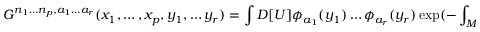
G ^ { n _ { 1 } \ldots n _ { p } , a _ { 1 } \ldots a _ { r } } ( x _ { 1 } , \ldots , x _ { p } , y _ { 1 } , \ldots y _ { r } ) = \int { \cal D } [ U ] \phi _ { a _ { 1 } } ( y _ { 1 } ) \ldots \phi _ { a _ { r } } ( y _ { r } ) \exp ( - \int _ { M } { \cal L } [ U ] ) ,